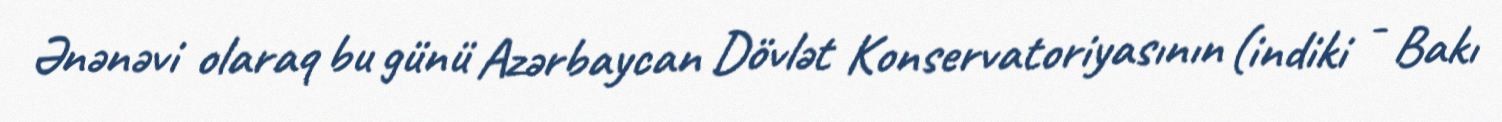
Ənənəvi olaraq bu günü Azərbaycan Dövlət Konservatoriyasının (indiki - Bakı